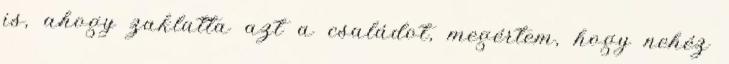
is, ahogy zaklatta azt a családot, megértem, hogy nehéz